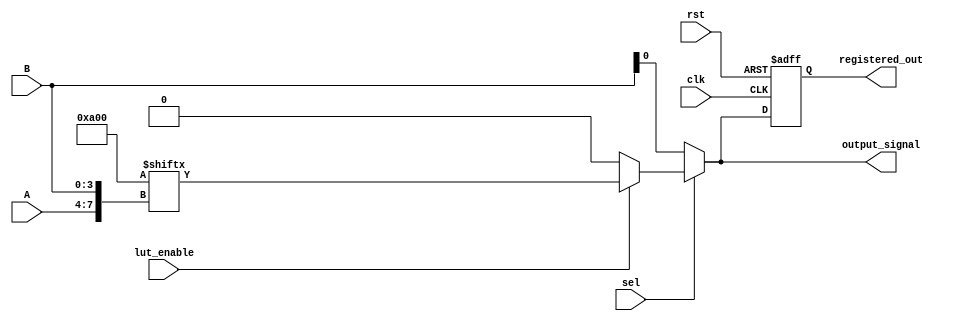
module combinational_logic_block (
    input  wire [3:0]  A,              // 4 input lines
    input  wire [3:0]  B,              // 4 input lines
    input  wire        sel,            // Multiplexer select line
    input  wire        clk,             // Clock signal for registered outputs
    input  wire        rst,             // Reset signal for registered outputs
    input  wire        lut_enable,      // Control logic to enable LUT
    output wire        output_signal,   // Output line
    output reg         registered_out    // Optional registered output
);

// State declaration for LUT configuration
reg [15:0] lut; // 4-input LUT can implement 16 combinations (2^4)

// Combinational output from LUT
wire lut_output;

// LUT implementation
always @(*) begin
    if (lut_enable) 
        lut_output = lut[{A, B}]; // Example usage, concatenate A and B for indexing
    else
        lut_output = 1'b0; // Default output when LUT is disabled
end

// Multiplexer to select between LUT output and another input
assign output_signal = sel ? lut_output : B[0]; // Example: Select LUT output or one of the B inputs

// Optional Registered Output
always @(posedge clk or posedge rst) begin
    if (rst)
        registered_out <= 1'b0; // Resetting the registered output
    else
        registered_out <= output_signal; // Registering the MUX output
end

// LUT configuration (to be initialized by configuration memory in real design)
// Example configuration for AND function of A[0], A[1], A[2], A[3]
initial begin
    lut[0]  = 0; // 0000
    lut[1]  = 0; // 0001
    lut[2]  = 0; // 0010
    lut[3]  = 0; // 0011
    lut[4]  = 0; // 0100
    lut[5]  = 0; // 0101
    lut[6]  = 0; // 0110
    lut[7]  = 0; // 0111
    lut[8]  = 0; // 1000
    lut[9]  = 1; // 1001 (Example: can be adjusted based on desired function)
    lut[10] = 0; // 1010
    lut[11] = 1; // 1011 (Example: can be adjusted based on desired function)
    lut[12] = 0; // 1100
    lut[13] = 0; // 1101
    lut[14] = 0; // 1110
    lut[15] = 0; // 1111
end

endmodule